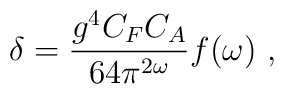
\delta={g^4 C_F C_A\over 64 \pi^{2\omega}}f(\omega) \ ,